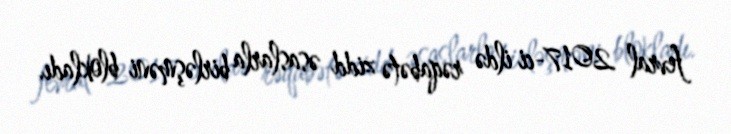
fevral 2017-ci ildə rəqabətə zidd əsaslarla birləşməni blokladı.